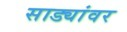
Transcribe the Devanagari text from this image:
साड्यांवर